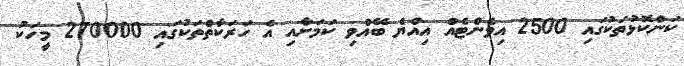
ކަންކޮޅުތަކުގައި 2500 އިވެންޓެއް އިއްޔެ ބޭއްވި ކަމަށާއި އެ ހަރަކާތްތަކުގައި 270000 މީހަކު